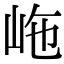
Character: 𡶊